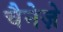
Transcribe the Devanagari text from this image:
चैनेज़े